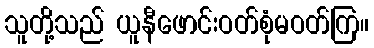
သူတို့သည် ယူနီဖောင်းဝတ်စုံမဝတ်ကြ။